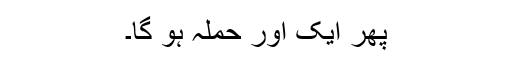
پھر ایک اور حملہ ہو گا۔